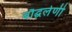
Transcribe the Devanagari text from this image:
बौद्घलेणी